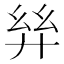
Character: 𢇂